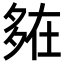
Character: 𡖪